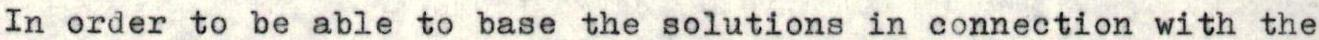
In order to be able to base the solutions in connection with the